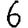
Digit: 6